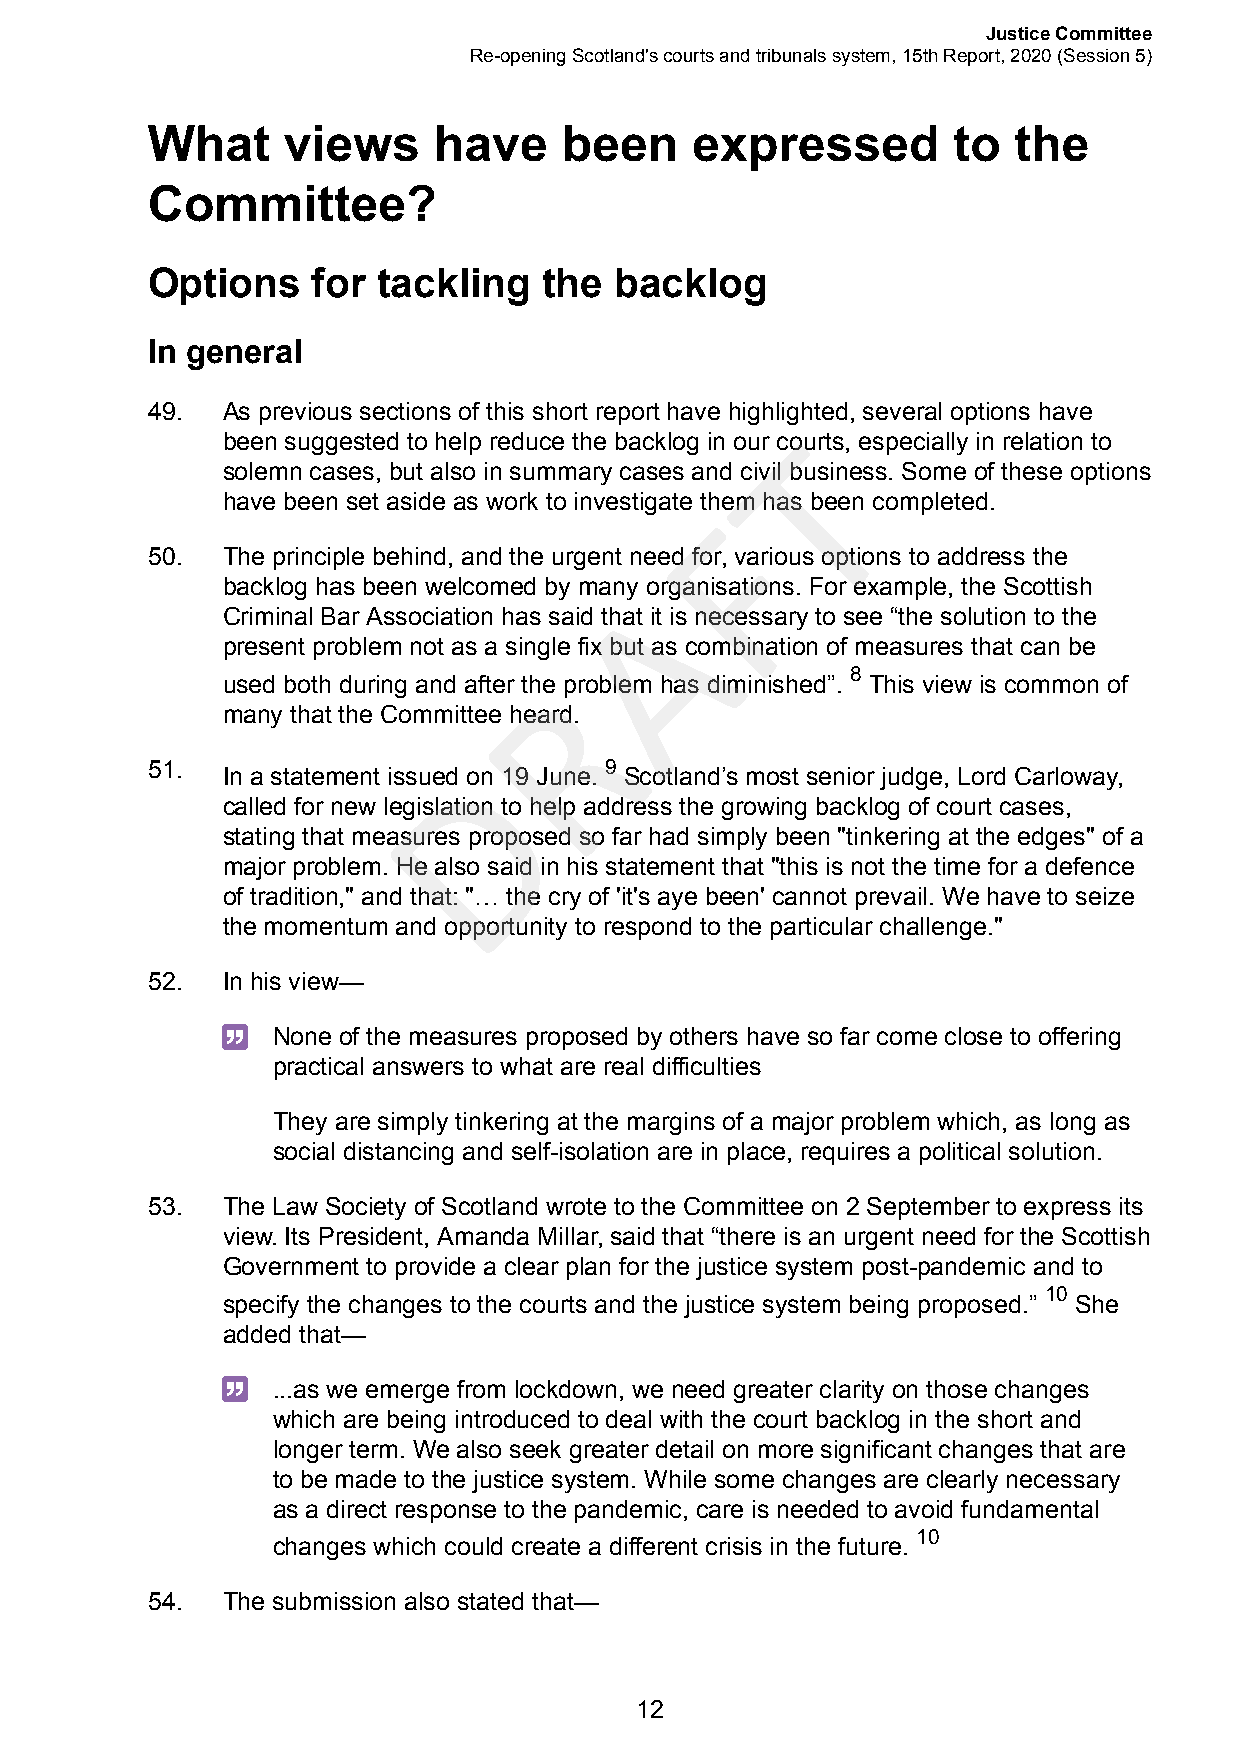
Justice Committee
 Re-opening Scotland's courts and tribunals system, 15th Report, 2020 (Session 5)
 What     views     have    been     expressed        to  the
 Committee?
 Options    for tackling   the  backlog
 In general
 49.  As previous sections of this short report have highlighted, several options have
 T
 been suggested to help reduce the backlog in our courts, especially in relation to
 solemn cases, but also in summary cases and civil business. Some of these options
 have been set aside as work to investigate them has been completed.
 F
 50.  The principle behind, and the urgent need for, various options to address the
 backlog has been welcomed by manyA organisations. For example, the Scottish
 Criminal Bar Association has said that it is necessary to see “the solution to the
 present problem not as a single fix but as combination of measures that can be
 R                   8
 used both during and after the problem has diminished”. This view is common of
 many that the Committee heard.
 51.                 D         9
 In a statement issued on 19 June. Scotland’s most senior judge, Lord Carloway,
 called for new legislation to help address the growing backlog of court cases,
 stating that measures proposed so far had simply been "tinkering at the edges" of a
 major problem. He also said in his statement that "this is not the time for a defence
 of tradition," and that: "… the cry of 'it's aye been' cannot prevail. We have to seize
 the momentum and opportunity to respond to the particular challenge."
 52.  In his view—
 None of the measures proposed by others have so far come close to offering
 practical answers to what are real difficulties
 They are simply tinkering at the margins of a major problem which, as long as
 social distancing and self-isolation are in place, requires a political solution.
 53.  The Law Society of Scotland wrote to the Committee on 2 September to express its
 view. Its President, Amanda Millar, said that “there is an urgent need for the Scottish
 Government to provide a clear plan for the justice system post-pandemic and to
 10
 specify the changes to the courts and the justice system being proposed.” She
 added that—
 ...as we emerge from lockdown, we need greater clarity on those changes
 which are being introduced to deal with the court backlog in the short and
 longer term. We also seek greater detail on more significant changes that are
 to be made to the justice system. While some changes are clearly necessary
 as a direct response to the pandemic, care is needed to avoid fundamental
 10
 changes which could create a different crisis in the future.
 54.  The submission also stated that—
 12